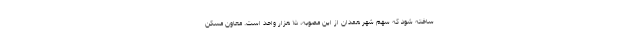
ساخته شود که سهم شهر همدان از این مصوبه، ۱۵ هزار واحد است. معاون مسکن